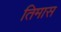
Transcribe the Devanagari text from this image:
तिमास